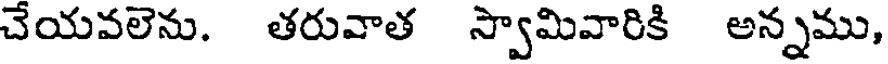
చేయవలెను. తరువాత స్వామివారికి అన్నము,